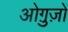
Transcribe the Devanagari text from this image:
ओग़ुज़ों